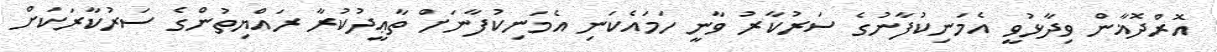
އޮރްދޮޣާން ވިދާޅުވީ އެމަނިކުފާނުގެ ސަރުކާރު ވާނީ ހަމައެކަނި އެމަނިކުފާނަށް ތާޢީދުކުރާ ރައްޔިތުންގެ ސަރުކާރަކަށް